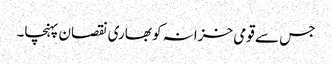
جس سے قومی خزانہ کو بھاری نقصان پہنچا۔